Report of the Municipal Commissioner on the plague in Bombay for the year ending 31st May... - Volume 1
Disease focus: Plague
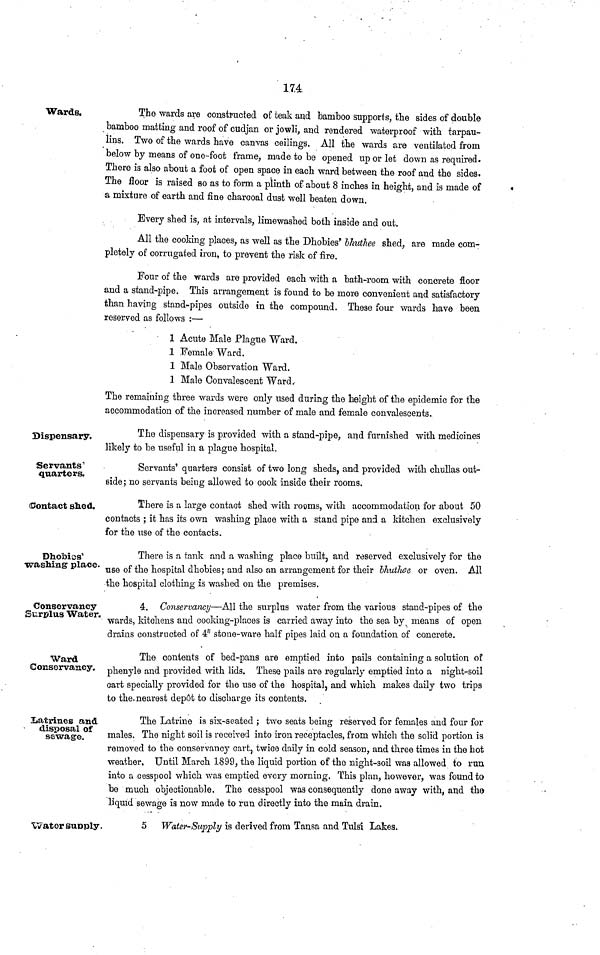
17.4
Wards.
The wards are constructed of teak and bamboo supports, the sides of double
bamboo matting and roof of cudjan or jowli, and rendered waterproof with tarpau-
lins. Two of the wards have canvas ceilings. All the wards are ventilated from
below by means of one-foot frame, made to be opened up or let down as required.
There is also about a foot of open space in each ward between the roof and the sides.
The floor is raised so as to form a plinth of about 8 inches in height, and is made of
a mixture of earth and fine charcoal dust well beaten down.
Every shed is, at intervals, limewashed both inside and out.
All the cooking places, as well as the Dhobies' lliuthee shed, are made com-
pletely of corrugated iron, to prevent the risk of fire.
Four of the wards are provided each with a bath-room with concrete floor
and a stand-pipe. This arrangement is found to be more convenient and satisfactory
than having stand-pipes outside in the compound. These four wards have been
reserved as follows :—
1 Acute Male Plague Ward.
1 Female Ward.
1 Male Observation Ward.
1 Male Convalescent Ward.-
The remaining three wards were only used during the height of the epidemic for the
accommodation of the increased number of male and female convalescents.
Dispensary,
The dispensary is provided with a stand-pipe, and furnished with medicines
likely to be useful in a plague hospital.
Servants'
quarters.
Servants' quarters consist of two long sheds, and provided with chullas out-
side; no servants being allowed to cook inside their rooms.
Contact shed.
There is a large contact shed with rooms, with accommodation for about 50
contacts ; it has its own washing place with a stand pipe and a kitchen exclusively
for the use of the contacts.
Dhobies'
washing place.
There is a tank and a washing place built, and reserved exclusively for the
use of the hospital dhobies; and also an arrangement for their bhuthee or oven. All
the hospital clothing is washed on the premises.
Conservancy
Surplus Water.
4. Conservancy—All the surplus water from the various stand-pipes of the
wards, kitchens and cooking-places is carried away into the sea by means of open
drains constructed of 4" stone-ware half pipes laid on a foundation of concrete.
Ward
Conservancy.
The contents of bed-pans are emptied into pails containing a solution of
phenyle and provided with lids. These pails are regularly emptied into a night-soil
cart specially provided for the use of the hospital, and which makes daily two trips
to the nearest dep6t to discharge its contents.
Xiatrines and
disposal of
sewage.
The Latrine is six-seated ; two seats being reserved for females and four for
males. The night soil is received into iron receptacles, from which the solid portion is
removed to the conservancy cart, twice daily in cold season, and three times in the hot
weather. Until March 1899, the liquid portion of the night-soil was allowed to run
into a cesspool which was emptied every morning. This plan, however, was found to
be much objectionable. The cesspool was consequently done away with, and the
liquid sewage ia now made to run directly into the main drain.
Watorsupply.
5 Water-Supply is derived from Tansa and Tulsi Lakes.